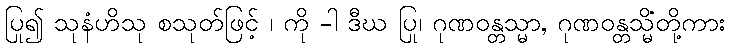
ပြု၍ သုနံဟိသု စသုတ်ဖြင့် ၊ ကို -ါ ဒီဃ ပြု၊ ဂုဏဝန္တသ္မာ, ဂုဏဝန္တသ္မိံတို့ကား